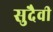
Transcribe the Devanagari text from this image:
सुदैवी